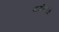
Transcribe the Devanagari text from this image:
पारमितांचे